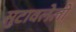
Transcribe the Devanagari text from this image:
सुटावलेली